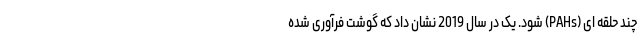
چند حلقه ای (PAHs) شود. یک در سال 2019 نشان داد که گوشت فرآوری شده